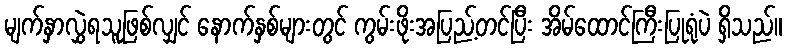
မျက်နှာလွှဲရသူဖြစ်လျှင် နောက်နှစ်များတွင် ကွမ်းဖိုးအပြည့်တင်ပြီး အိမ်ထောင်ကြီးပြုရုံပဲ ရှိသည်။